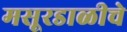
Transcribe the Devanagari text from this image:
मसूरडाळीचे